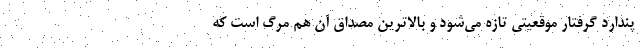
پندارد گرفتار موقعیتی تازه می‌شود و بالاترین مصداق آن هم مرگ است که